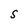
Character: S